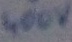
Text: 400V